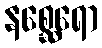
နစ္ဆေရော